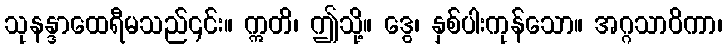
သုနန္ဒာထေရီမသည်၎င်း။ ဣတိ၊ ဤသို့။ ဒွေ၊ နှစ်ပါးကုန်သော။ အဂ္ဂသာဝိကာ၊